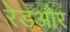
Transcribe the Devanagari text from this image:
रेडऔर